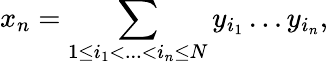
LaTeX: x_{n}=\sum_{1\leq i_{1}<...<i_{n}\leq N}y_{i_{1}}\dots y_{i_{n}},